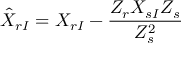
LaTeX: \hat { X } _ { r I } = X _ { r I } - { \frac { Z _ { r } X _ { s I } Z _ { s } } { Z _ { s } ^ { 2 } } }